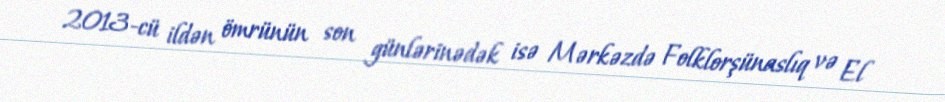
2013-cü ildən ömrünün son günlərinədək isə Mərkəzdə Folklorşünaslıq və El